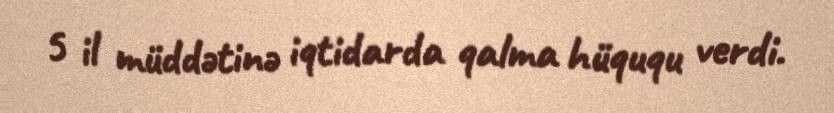
5 il müddətinə iqtidarda qalma hüququ verdi.